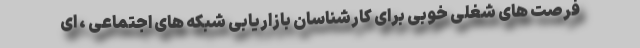
فرصت های شغلی خوبی برای کارشناسان بازاریابی شبکه های اجتماعی ، ای